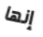
إنها